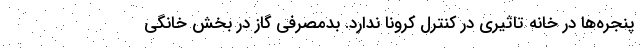
پنجره‌ها در خانه تاثیری در کنترل کرونا ندارد. بدمصرفی گاز در بخش خانگی